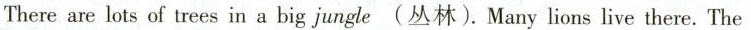
There are lots of trees in a big jungle(丛林).Many lions live there. The